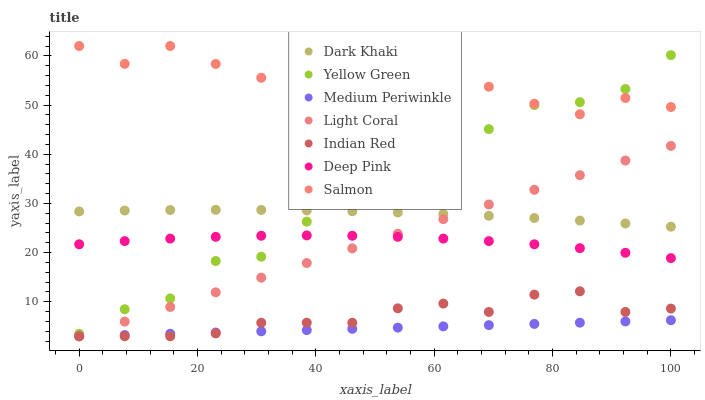
| xaxis_label | Dark Khaki | Yellow Green | Medium Periwinkle | Light Coral | Indian Red | Deep Pink | Salmon |
 | --- | --- | --- | --- | --- | --- | --- | --- |
 | 0 | 28.4 | 3.5 | 3 | 3 | 3 | 21.7 | 62 |
 | 7.69 | 28.6 | 8.49 | 3.25 | 5.98 | 3 | 22.3 | 58.4 |
 | 15.4 | 28.7 | 10.7 | 3.5 | 8.95 | 3 | 22.9 | 62 |
 | 23.1 | 28.7 | 18.3 | 3.75 | 11.9 | 3.58 | 23.2 | 58.3 |
 | 30.8 | 28.7 | 19.2 | 4 | 14.9 | 5.75 | 23.4 | 55.5 |
 | 38.5 | 28.6 | 26.3 | 4.25 | 17.9 | 5.76 | 23.5 | 55.5 |
 | 46.2 | 28.4 | 30.1 | 4.51 | 20.9 | 5.75 | 23.4 | 58 |
 | 53.8 | 28.2 | 33.7 | 4.76 | 23.8 | 8.68 | 23.2 | 51.8 |
 | 61.5 | 27.9 | 36.7 | 5.01 | 26.8 | 9.64 | 22.9 | 55.5 |
 | 69.2 | 27.5 | 45.1 | 5.26 | 29.8 | 7.94 | 22.3 | 53.7 |
 | 76.9 | 27 | 50 | 5.51 | 32.8 | 11.5 | 21.7 | 50.3 |
 | 84.6 | 26.5 | 50.6 | 5.76 | 35.7 | 12.1 | 20.9 | 48.1 |
 | 92.3 | 25.9 | 53.3 | 6.01 | 38.7 | 7.94 | 20 | 51.4 |
 | 100 | 25.3 | 60.1 | 6.26 | 41.7 | 8.63 | 18.9 | 49.6 |